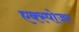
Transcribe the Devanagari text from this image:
एक्‍स्पोजर